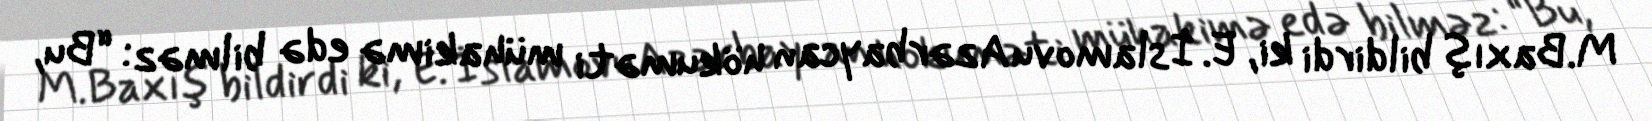
M.Baxış bildirdi ki, E. İslamovu Azərbaycan hökuməti mühakimə edə bilməz: “Bu,